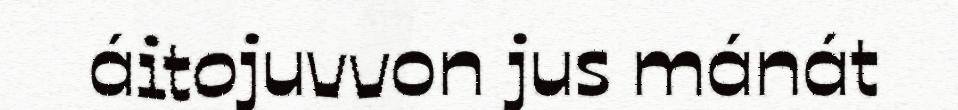
áitojuvvon jus mánát